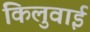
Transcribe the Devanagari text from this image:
किलुवाई